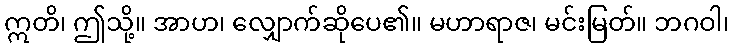
ဣတိ၊ ဤသို့။ အာဟ၊ လျှောက်ဆိုပေ၏။ မဟာရာဇ၊ မင်းမြတ်။ ဘဂဝါ၊